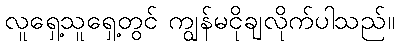
လူရှေ့သူရှေ့တွင် ကျွန်မငိုချလိုက်ပါသည်။